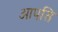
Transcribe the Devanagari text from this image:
आपसि